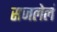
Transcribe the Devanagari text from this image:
सजलेलं